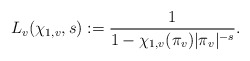
\begin{align*} L_v(\chi_{1,v},s):=\frac{1}{1-\chi_{1,v}(\pi_v)|\pi_v|^{-s}}. \end{align*}